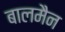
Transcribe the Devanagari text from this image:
बालमैन